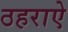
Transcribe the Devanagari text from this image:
ठहराऐ